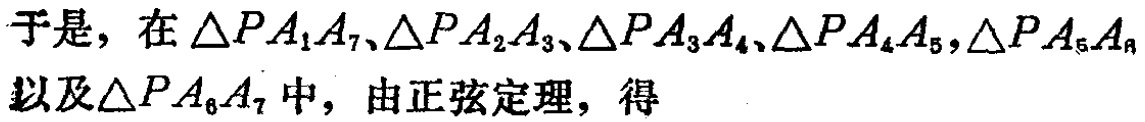
于是，在\(\triangle PA_{1}A_{7}、\triangle PA_{2}A_{3}、\triangle PA_{3}A_{4}、\triangle PA_{4}A_{5},\triangle PA_{5}A_{6}\)以及\(\triangle PA_{6}A_{7}\)中，由正弦定理，得